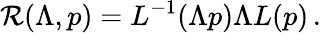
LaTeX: {\cal R}(\Lambda,p)=L^{-1}(\Lambda p)\Lambda L(p)\, .